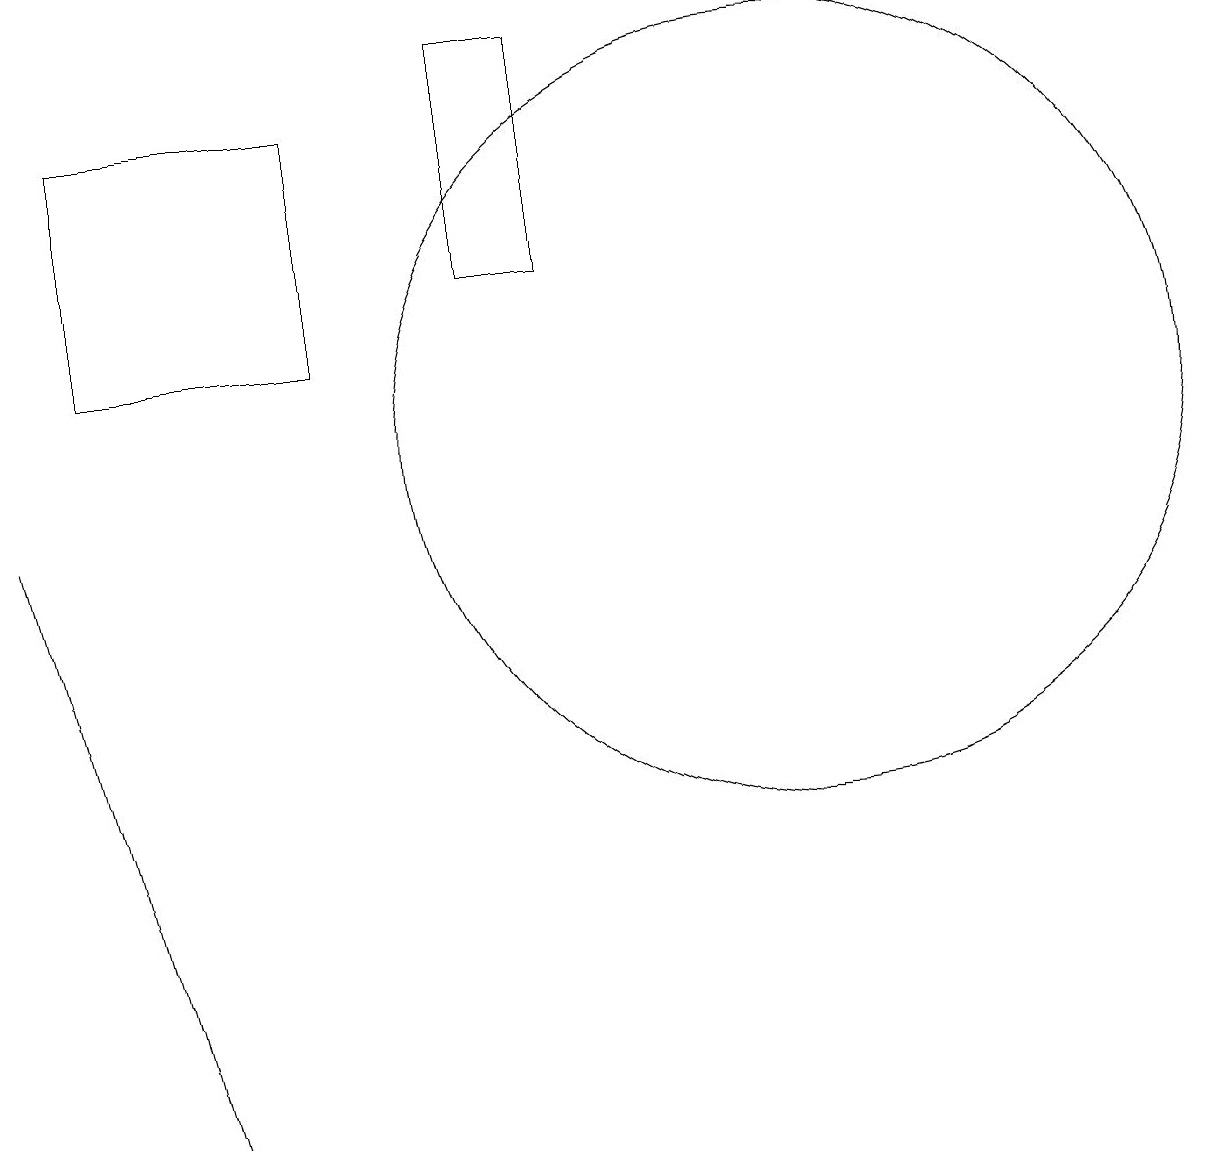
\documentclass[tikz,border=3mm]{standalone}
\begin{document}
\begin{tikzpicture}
\draw (3,1) -- (2,5) -- (1,9) -- cycle;
\draw (2,14) rectangle (5,11);
\draw (8,15) rectangle (7,12);
\draw (11,10) circle (5);
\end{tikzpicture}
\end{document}